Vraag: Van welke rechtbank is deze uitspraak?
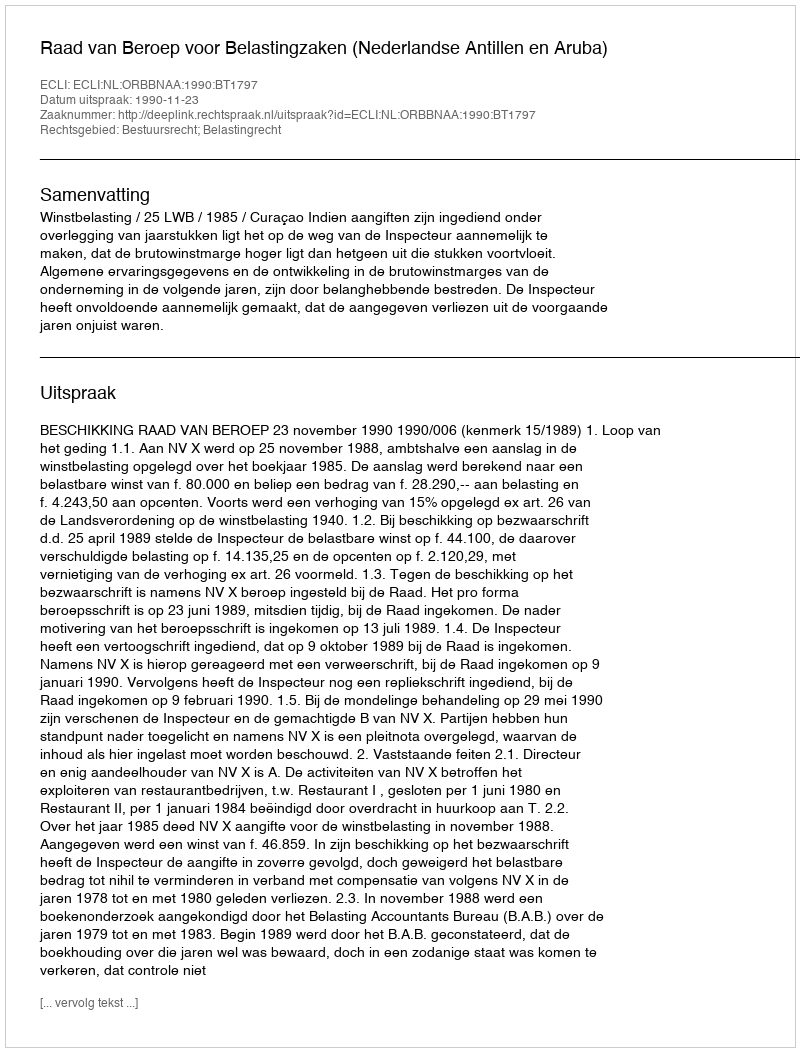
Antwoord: Raad van Beroep voor Belastingzaken (Nederlandse Antillen en Aruba)